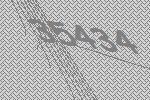
35434